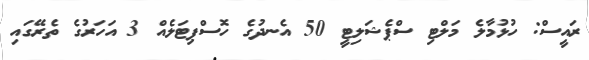
ރައީސް: ހުޅުމާލެ މަލްޓި ސްޕެޝަލިޓީ 50 އެނދުގެ ހޮސްޕިޓަލެއް 3 އަހަރުގެ ތެރޭގައި